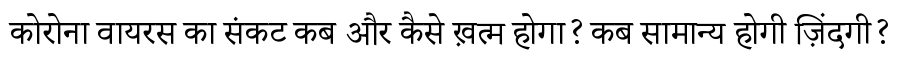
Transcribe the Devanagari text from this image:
कोरोना वायरस का संकट कब और कैसे ख़त्म होगा? कब सामान्य होगी ज़िंदगी?